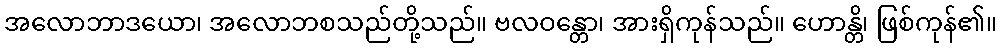
အလောဘာဒယော၊ အလောဘစသည်တို့သည်။ ဗလဝန္တော၊ အားရှိကုန်သည်။ ဟောန္တိ၊ ဖြစ်ကုန်၏။